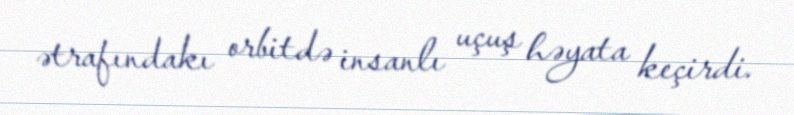
ətrafındakı orbitdə insanlı uçuş həyata keçirdi.